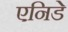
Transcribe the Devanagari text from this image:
एनिडे